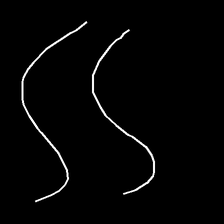
Glyph: float